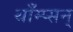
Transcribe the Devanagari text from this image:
थाँम्प्सन्